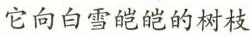
它向白雪皑皑的树枝